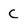
Character: C